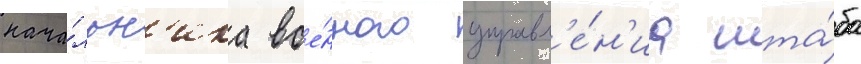
нача́льн'ика вое́нного управл'е́н'иа шта́ба